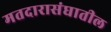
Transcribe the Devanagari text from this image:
मतदारासंघातील